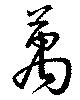
万